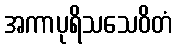
အကာပုရိသသေဝိတံ